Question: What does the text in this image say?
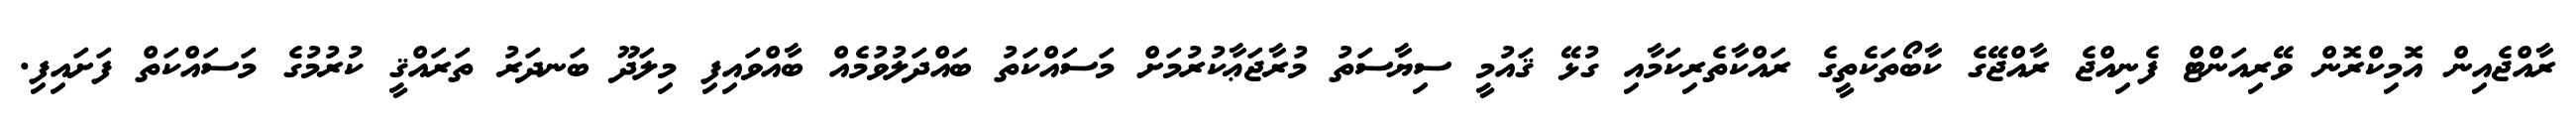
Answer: ރާއްޖެއިން އޮމިކްރޮން ވޭރިއަންޓް ފެނިއްޖެ ރާއްޖޭގެ ކާބޯތަކެތީގެ ރައްކާތެރިކަމާއި ގުޅޭ ޤައުމީ ސިޔާސަތު މުރާޖަޢާކުރުމަށް މަސައްކަތު ބައްދަލުވުމެއް ބާއްވައިފި މިލަދޫ ބަނދަރު ތަރައްޤީ ކުރުމުގެ މަސައްކަތް ފަށައިފި.